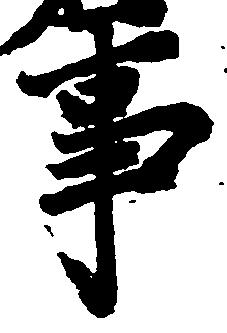
事